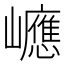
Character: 𡾶